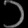
Digit: ၁